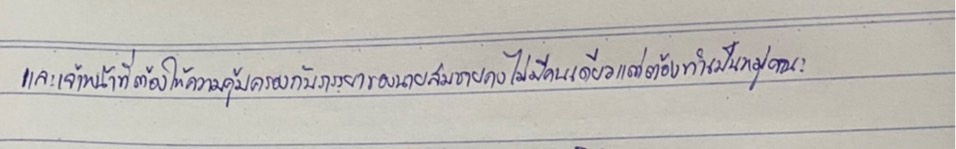
และเจ้าหน้าที่ต้องให้ความคุ้มครองกับภรรยาของนายสมชายคงไม่มีคนเดียวแต่ต้องทำเป็นหมู่คณะ